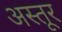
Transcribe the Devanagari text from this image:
अस्तूर